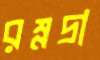
রম্নদ্রা